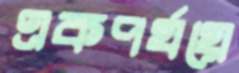
একপর্যয়ে